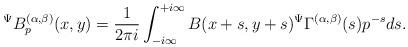
LaTeX: \begin{align*}{}^{\Psi}B_{p}^{(\alpha,\beta)}(x,y)=\frac{1}{2\pi i}\int_{-i\infty}^{+i\infty}B(x+s,y+s){}^{\Psi}\Gamma^{(\alpha,\beta)}(s)p^{-s}ds.\end{align*}